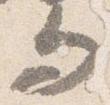
而